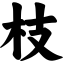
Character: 枝